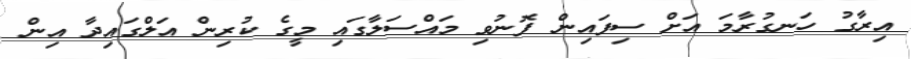
އިރާގު ހަނގުރާމަ އަށް ސިފައިން ފޮނުވި މައްސަލާގައި މީގެ ކުރިން އަލްގައިދާ އިން